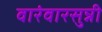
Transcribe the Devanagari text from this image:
वारंवारसुन्नी